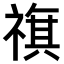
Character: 𥛏